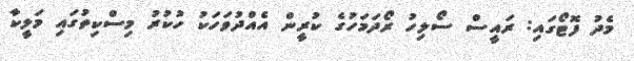
މެދު ފޮޓޯގައި: ރައީސް ސޯލިހު ރޯދަމަހުގެ ކުރީން އެއްދުވަހަކު ހުކުރު މިސްކިތުގައި މަލީކާ